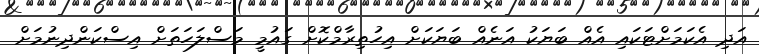
އަދި އެކަމަށްޓަކައި އެއް ބަޔަކު އަނެއް ބަޔަކަށް އިހުތިރާމްކޮށް ގައުމީ މަސްލަހަތަށް އިސްކަންދިނުމަށް